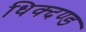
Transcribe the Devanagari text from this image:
धिक्दण्ड